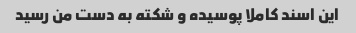
این اسند کاملا پوسیده و شکته به دست من رسید